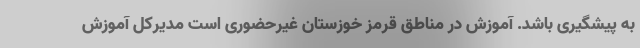
به پیشگیری باشد. آموزش در مناطق قرمز خوزستان غیرحضوری است مدیرکل آموزش